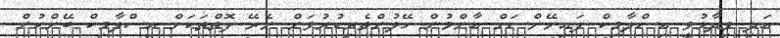
އަދި ވިދާޅުވީ އިސްލާމިކް ފައިނޭންސަށްް އާންމުން ހޭލުންތެރިކުރުވަން ނެރޭ ފޮތްތަކަށް އިސްލާމިކް ބޭންކުން